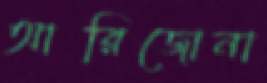
আরিজোনা